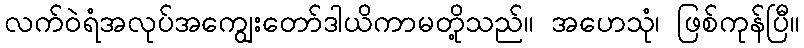
လက်ဝဲရံအလုပ်အကျွေးတော်ဒါယိကာမတို့သည်။ အဟေသုံ၊ ဖြစ်ကုန်ပြီ။